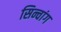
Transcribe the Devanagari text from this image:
सिन्चांग